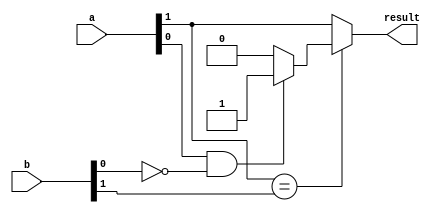
/***********************************************
Module Name:   greater_2bits
Feature:       2bits inputs comparison: greater
Coder:         Garfield
Organization:  XXXX Group, Department of Architecture
------------------------------------------------------
Input ports:   a,b  2 bits unsigned , inputs
Output Ports:  result 1 bit, if a > b , 1
------------------------------------------------------
History:
12-15-2015: First Version by Garfield
12-15-2015: First verified by Decode_2_4_test
***********************************************/

module greater_2bits
  ( 
    input[1:0] a, b,
    output result 
  );
  
//Load other module(s)

//Definition for Variables in the module
wire bit1;

//Middle result of selector

//Logical
assign bit1 = ( (a[0] == 1'b1) && (b[0] == 1'b0) ) 
                  ? 1'b1 : 1'b0;
assign result = ( a[1] == b[1]) ? bit1 : a[1];

//1 when not all 0

endmodule